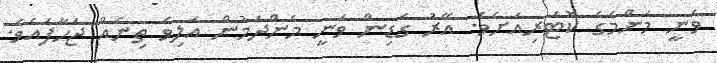
ވަނީ މަންމަގެ ކޮޓަރިއަށެވެ. އޭރު ގަޑިން ވަނީ މެންދަމުން އަލިވެ ތިނެއް ޖަހާފައެވެ.